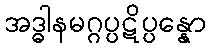
အဒ္ဓါနမဂ္ဂပ္ပဋိပ္ပန္နော